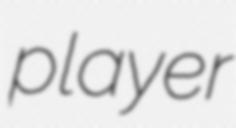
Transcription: player